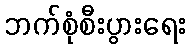
ဘက်စုံစီးပွားရေး